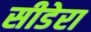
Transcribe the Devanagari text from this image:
सीडेरा